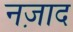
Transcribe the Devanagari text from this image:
नज़ाद